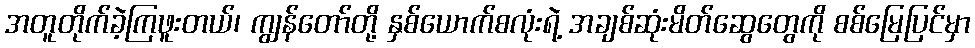
အတူတိုက်ခဲ့ကြဖူးတယ်၊ ကျွန်တော်တို့ နှစ်ယောက်စလုံးရဲ့ အချစ်ဆုံးမိတ်ဆွေတွေကို စစ်မြေပြင်မှာ